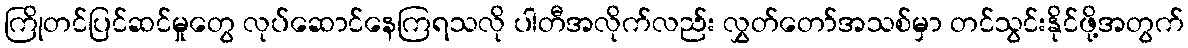
ကြိုတင်ပြင်ဆင်မှုတွေ လုပ်ဆောင်နေကြရသလို ပါတီအလိုက်လည်း လွှတ်တော်အသစ်မှာ တင်သွင်းနိုင်ဖို့အတွက်